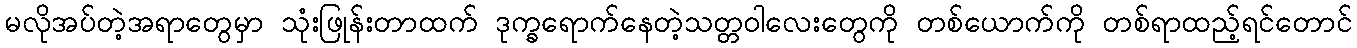
မလိုအပ်တဲ့အရာတွေမှာ သုံးဖြုန်းတာထက် ဒုက္ခရောက်နေတဲ့သတ္တဝါလေးတွေကို တစ်ယောက်ကို တစ်ရာထည့်ရင်တောင်